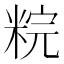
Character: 𥹳